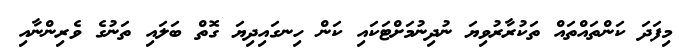
މިފަދަ ކަންތައްތައް ތަކުރާރުވިޔަ ނުދިނުމަށްޓަކައި ކަން ހިނގައިދިޔަ ގޮތް ބަލައި ތަނުގެ ވެރިންނާއި